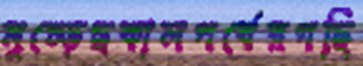
মুচ্‌ড়েছকালপর্বেরগছি